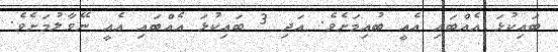
ބައިކުޅަ އެއްބައި އެއީ ބުއިމަށެވެ. އަދި 3 ބައިކުޅަ އެއްބައި އެއީ ނޭވާލުމަށެވެ.